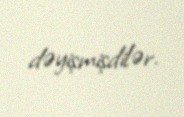
dəyişmişdilər.